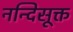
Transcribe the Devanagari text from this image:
नन्दिसूक्त